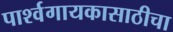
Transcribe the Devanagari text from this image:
पार्श्वगायकासाठीचा